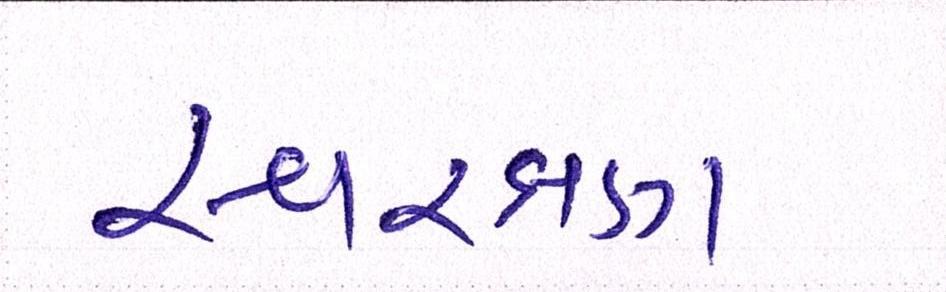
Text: સ્વરક્ષણ